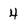
Character: 4